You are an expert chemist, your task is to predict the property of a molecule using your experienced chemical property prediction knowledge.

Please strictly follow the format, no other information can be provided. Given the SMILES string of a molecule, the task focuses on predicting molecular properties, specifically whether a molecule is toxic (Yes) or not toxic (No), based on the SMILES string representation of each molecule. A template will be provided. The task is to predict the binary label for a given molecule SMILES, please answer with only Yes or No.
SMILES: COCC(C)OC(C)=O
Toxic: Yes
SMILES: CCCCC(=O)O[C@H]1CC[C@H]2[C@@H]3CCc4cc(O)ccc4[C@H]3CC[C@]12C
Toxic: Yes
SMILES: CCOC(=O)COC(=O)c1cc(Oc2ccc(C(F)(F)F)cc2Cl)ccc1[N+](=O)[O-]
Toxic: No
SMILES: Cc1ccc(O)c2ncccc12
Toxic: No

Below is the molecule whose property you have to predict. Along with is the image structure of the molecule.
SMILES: Cc1[nH]cnc1C[C@H]1CCc2c(C)c3ccccc3n2C1=O
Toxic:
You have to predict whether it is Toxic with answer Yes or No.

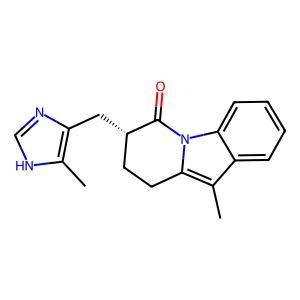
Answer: No